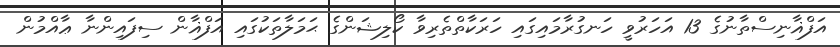
އަފްޣާނިސްތާނުގެ 13 އަހަރުވީ ހަނގުރާމައިގައި ހަރަކާތްތެރިވާ ކޯލިޝަންގެ ޙަމަލާތަކުގައި އަފްޣާން ސިފައިންނާ ޢާއްމުން